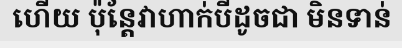
ហើយ ប៉ុន្តែវាហាក់បីដូចជា មិនទាន់